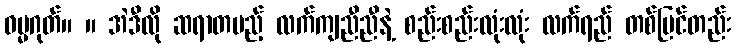
ဓမ္မဂုတ်။ ။ အဲဒီလို ဆရာတပည့် လက်ကျညီညီနဲ့ စည်းစည်းလုံးလုံး လက်ရည် တစ်ပြင်တည်း